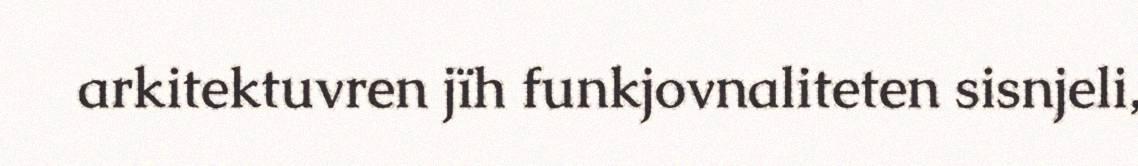
arkitektuvren jïh funkjovnaliteten sisnjeli,